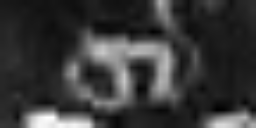
si